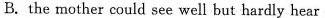
B.the mother could see well but hardly hear